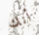
أنك